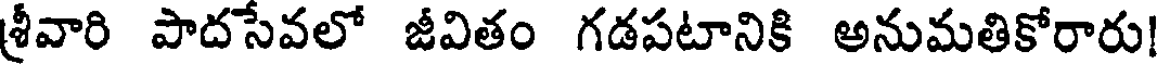
శ్రీవారి పాదసేవలో జీవితం గడపటానికి అనుమతికోరారు!